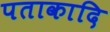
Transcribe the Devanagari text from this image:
पताकादि